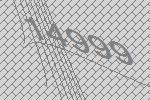
14999